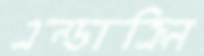
এন্ডাক্রিন